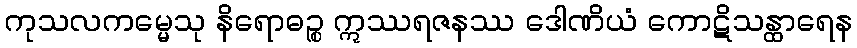
ကုသလကမ္မေသု နိရောဓဉ္စ ဣဿရဇနဿ ဒေါဏိယံ ကောဋိသန္ထာရေန